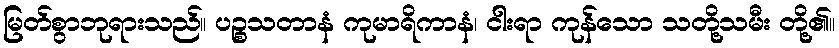
မြတ်စွာဘုရားသည်။ ပဉ္စသတာနံ ကုမာရိကာနံ၊ ငါးရာ ကုန်သော သတို့သမီး တို့၏။